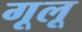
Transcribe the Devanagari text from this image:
गूलू